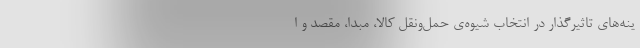
ینه‌های تاثیرگذار در انتخاب شیوه‌ی حمل‌‌ونقل کالا، مبدا، مقصد و ا